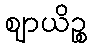
ဈာယိဉ္စ